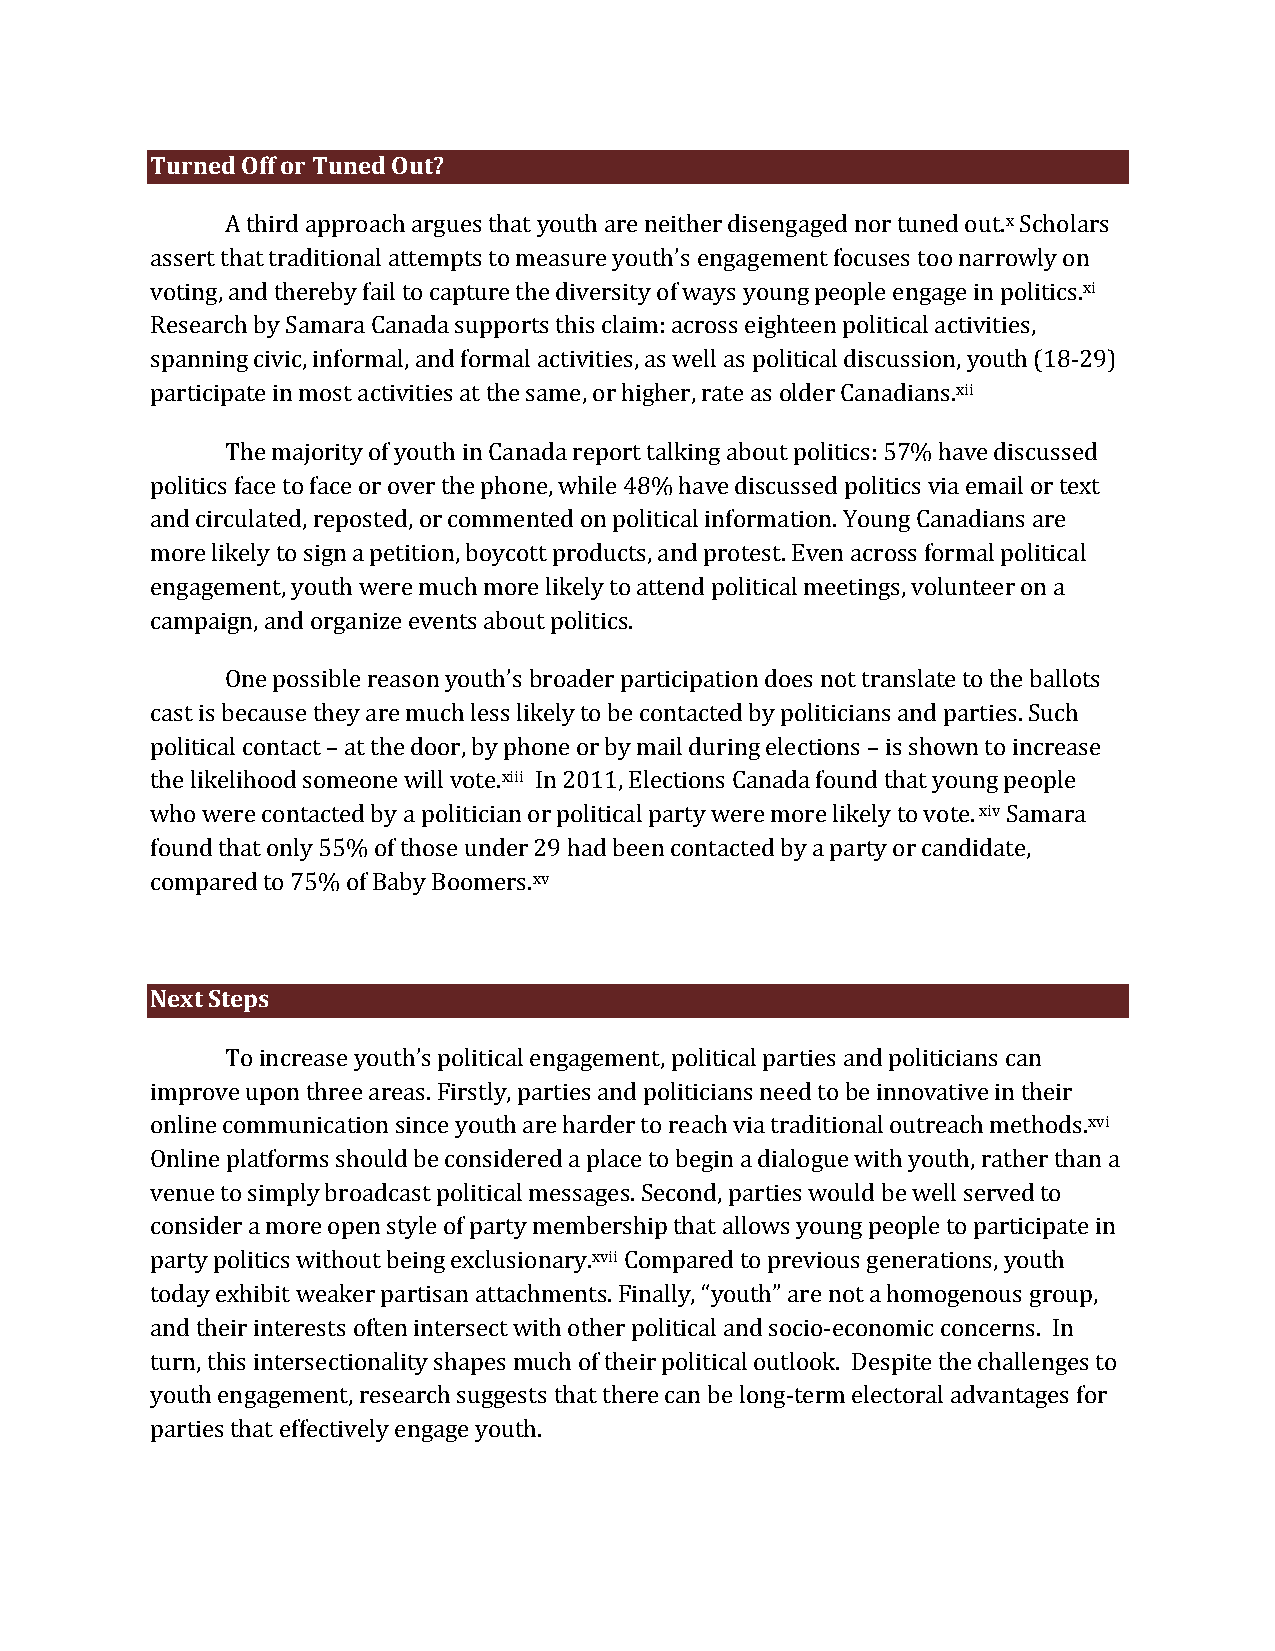
Turned Off or Tuned Out?
 A third approach argues that youth are neither disengaged nor tuned out.x Scholars
 assert that traditional attempts to measure youth’s engagement focuses too narrowly on
 voting, and thereby fail to capture the diversity of ways young people engage in politics.xi
 Research by Samara Canada supports this claim: across eighteen political activities,
 spanning civic, informal, and formal activities, as well as political discussion, youth (18-29)
 participate in most activities at the same, or higher, rate as older Canadians.xii
 The majority of youth in Canada report talking about politics: 57% have discussed
 politics face to face or over the phone, while 48% have discussed politics via email or text
 and circulated, reposted, or commented on political information. Young Canadians are
 more likely to sign a petition, boycott products, and protest. Even across formal political
 engagement, youth were much more likely to attend political meetings, volunteer on a
 campaign, and organize events about politics.
 One possible reason youth’s broader participation does not translate to the ballots
 cast is because they are much less likely to be contacted by politicians and parties. Such
 political contact – at the door, by phone or by mail during elections – is shown to increase
 the likelihood someone will vote.xiii In 2011, Elections Canada found that young people
 who were contacted by a politician or political party were more likely to vote. xiv Samara
 found that only 55% of those under 29 had been contacted by a party or candidate,
 compared to 75% of Baby Boomers.xv
 Next Steps
 To increase youth’s political engagement, political parties and politicians can
 improve upon three areas. Firstly, parties and politicians need to be innovative in their
 online communication since youth are harder to reach via traditional outreach methods.xvi
 Online platforms should be considered a place to begin a dialogue with youth, rather than a
 venue to simply broadcast political messages. Second, parties would be well served to
 consider a more open style of party membership that allows young people to participate in
 party politics without being exclusionary.xvii Compared to previous generations, youth
 today exhibit weaker partisan attachments. Finally, “youth” are not a homogenous group,
 and their interests often intersect with other political and socio-economic concerns. In
 turn, this intersectionality shapes much of their political outlook. Despite the challenges to
 youth engagement, research suggests that there can be long-term electoral advantages for
 parties that effectively engage youth.